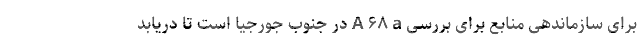
برای سازماندهی منابع برای بررسی A ۶۸ a در جنوب جورجیا است تا دریابد